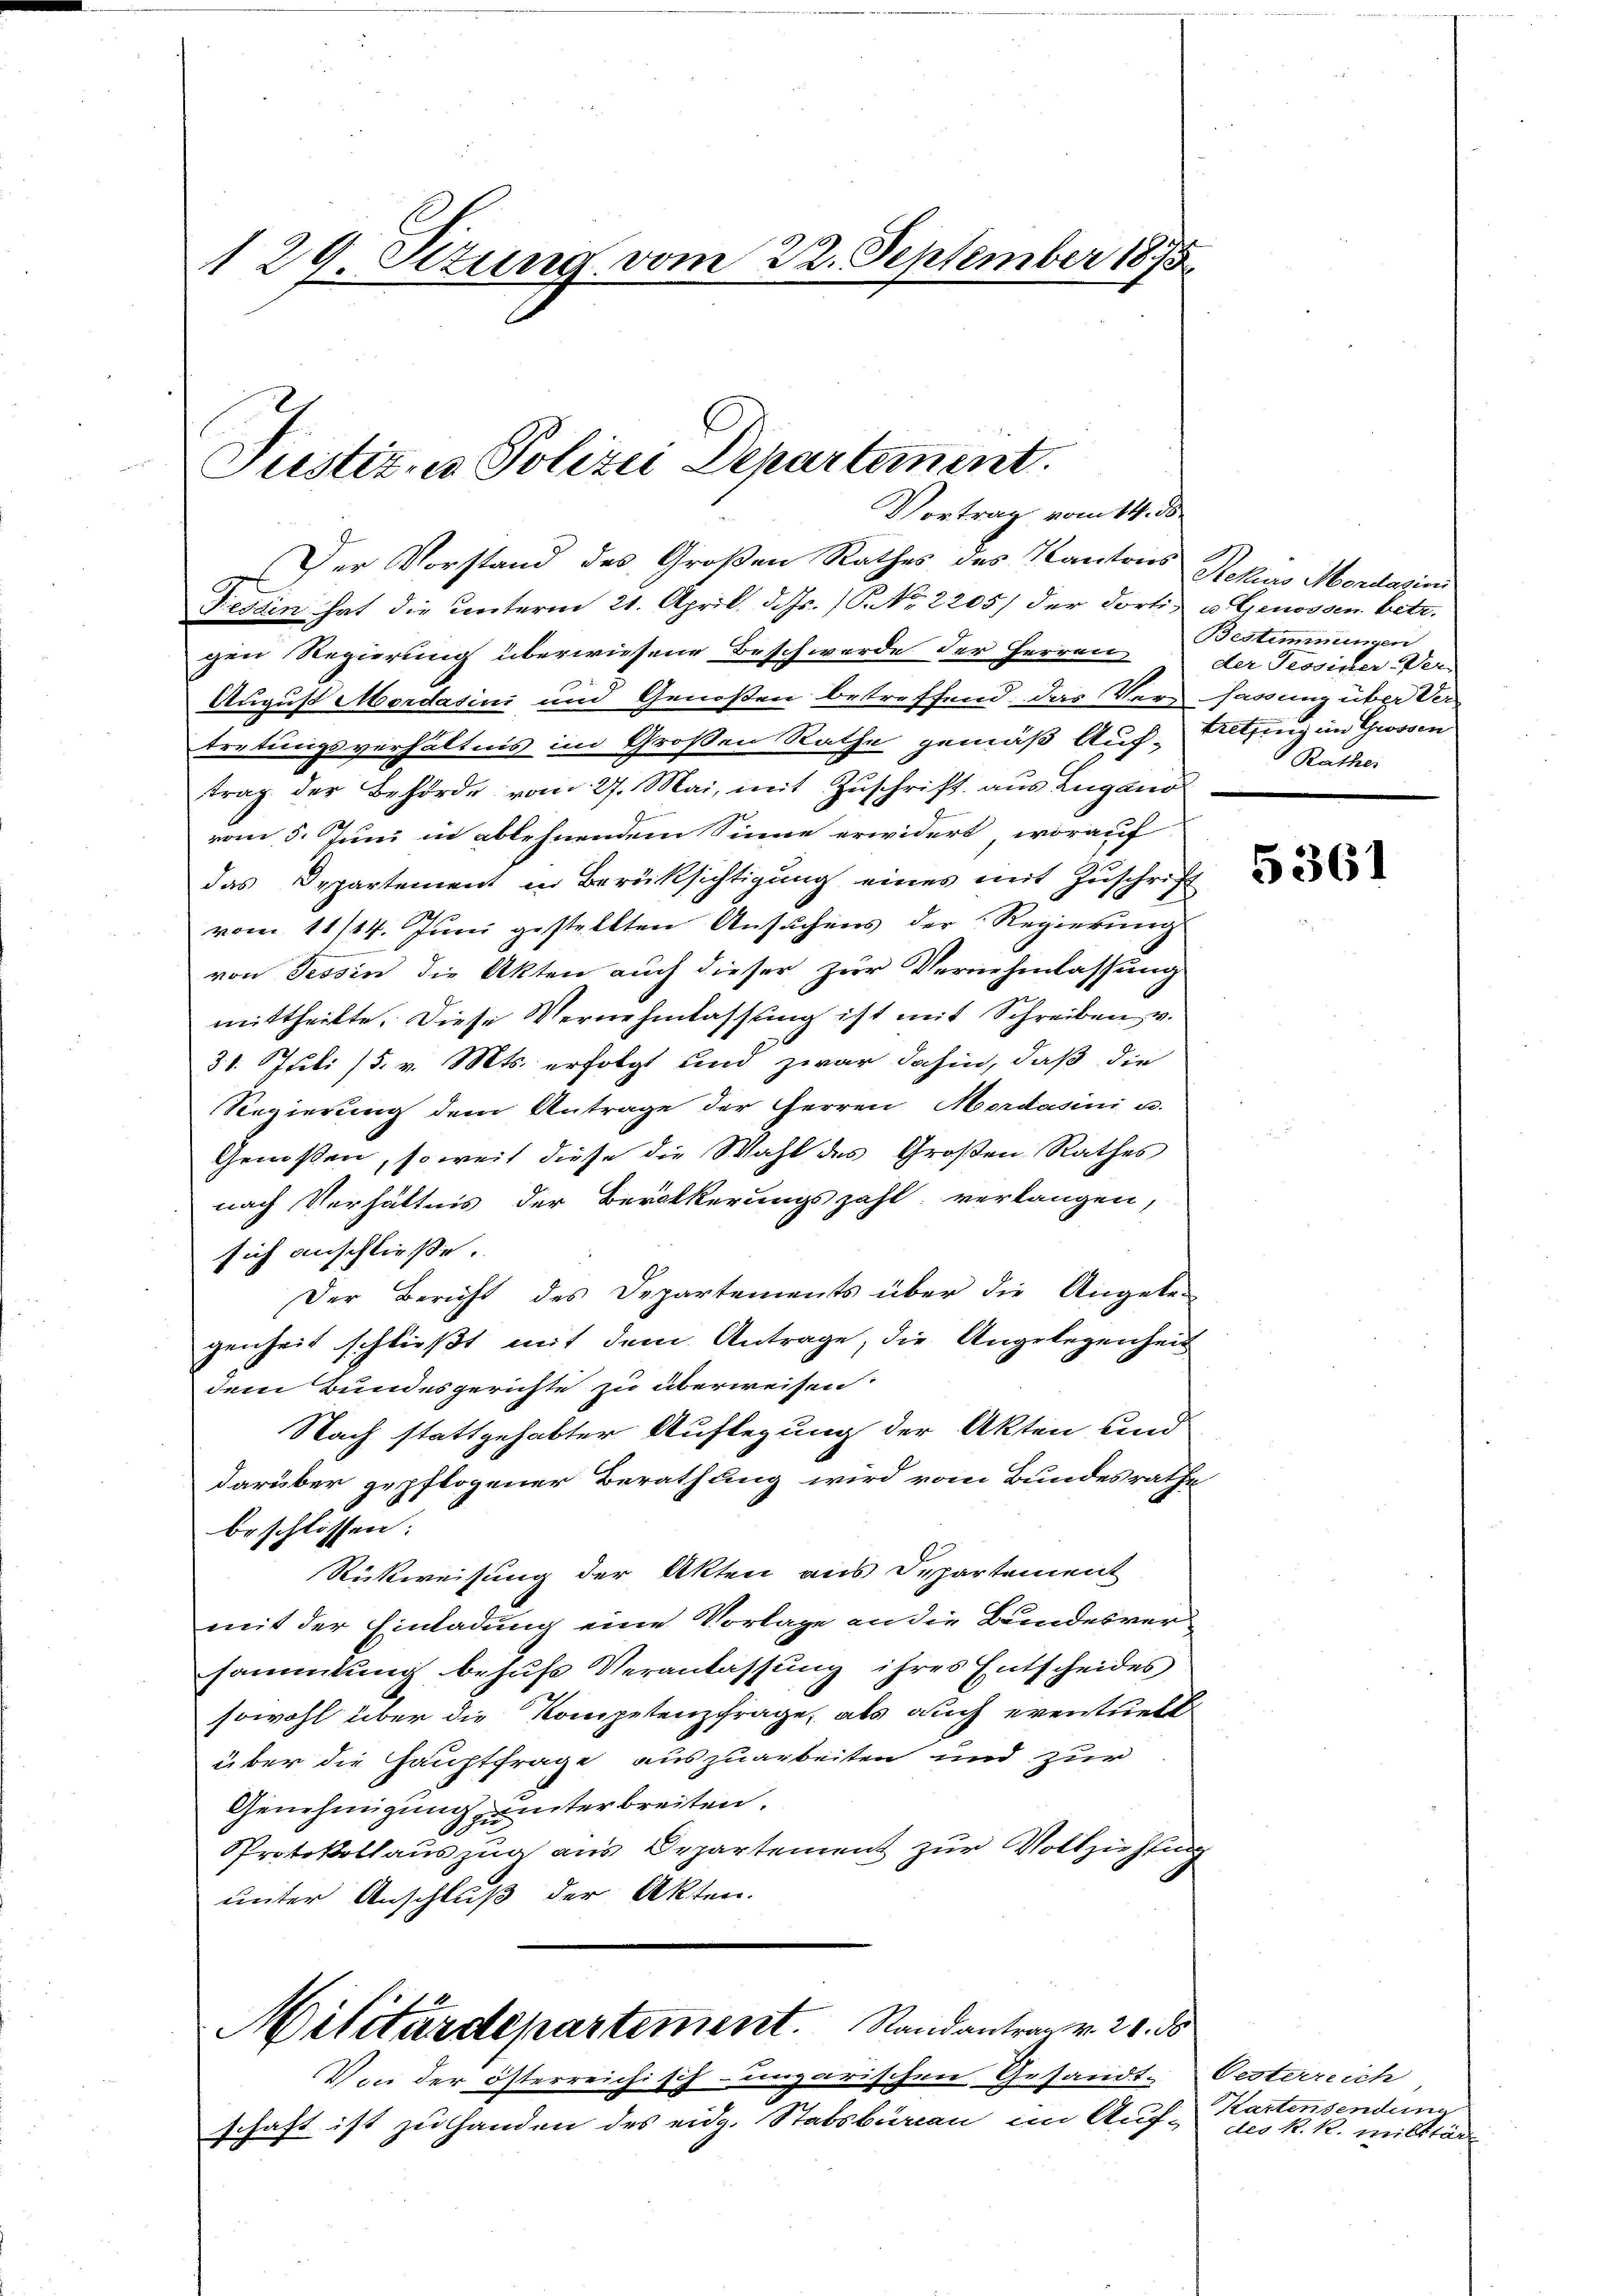
1 29. Ottung vom 22. September 1895

Justiz- & Polizei Departement.
Vortrag vom 14. ds.
Der Vorstand des Großen Rathes des Kantons
Tessin hat die unterm 21. April d. Js. 1. No 2205) der dorti u. Genossen betr.

gen Regierung überwiesene Beschwerde der Herren
August Mordasini und Genoßen betreffend. Das Ver- sassung über Ver-
tretungsverhältnis im Großen Rathe gemäß Auf-Altzing in Grossen
trag der Behörde vom 27. Mai, mit Zuschrift aus Zugano
vom 5. Juni in ablehnendem Sinne erwidert worauf
das Departement in Berüksichtigung eines mit Zuschrift
vom 11/14. Juni gestellten Ansuchens der Regierung
von Tessin die Akten auch dieser zur Vernehmlassung
mittheilte. Diese Vernehmlassung ist mit Schreiben v.
31. Juli /5. v. Mts. erfolgt und zwar dahin, daß die
Regierung dem Antrage der Herren Mordasini u.
Genossen, soweit diese die Wahl des Großen Rathes
nach Verhältnis der Bevölkerungszahl verlangen,
sich anschließe.
Der Bericht des Departements über die Angele-
genheit schließt mit dem Antrage, die Angelegenheit
dem Bundesgerichte zu überweisen:
Nach stattgehabter Auflegung der Akten und
darüber gepflogener Berathung wird vom Bundesrathe
beschlissen:
Rückweisung der Akten aus Departement
mit der Einladung eine Vorlage an die Bundesversammlung behufs Veranlassung ihres Entscheides
sowohl über die Kompetenzfrage, als auch eventuell
über die Hauptfrage auszuarbeiten und zur
Genehmigung unterbreiten.
Protokollauszug aus Departement zur Vollziehung
unter Anschluß der Akten.
Militärdepartement. Stand antrag v. 28. ds

Von der österreichisch-ungarischen Gesandt-Oesterreich
schaft ist zu Handen des eidg. Stabsbureau im Auf des k. k. Militär

Rekurs Mordasini
Bestimmungen
der Tessiner Ver-
Rathes

5361

Kartensendung